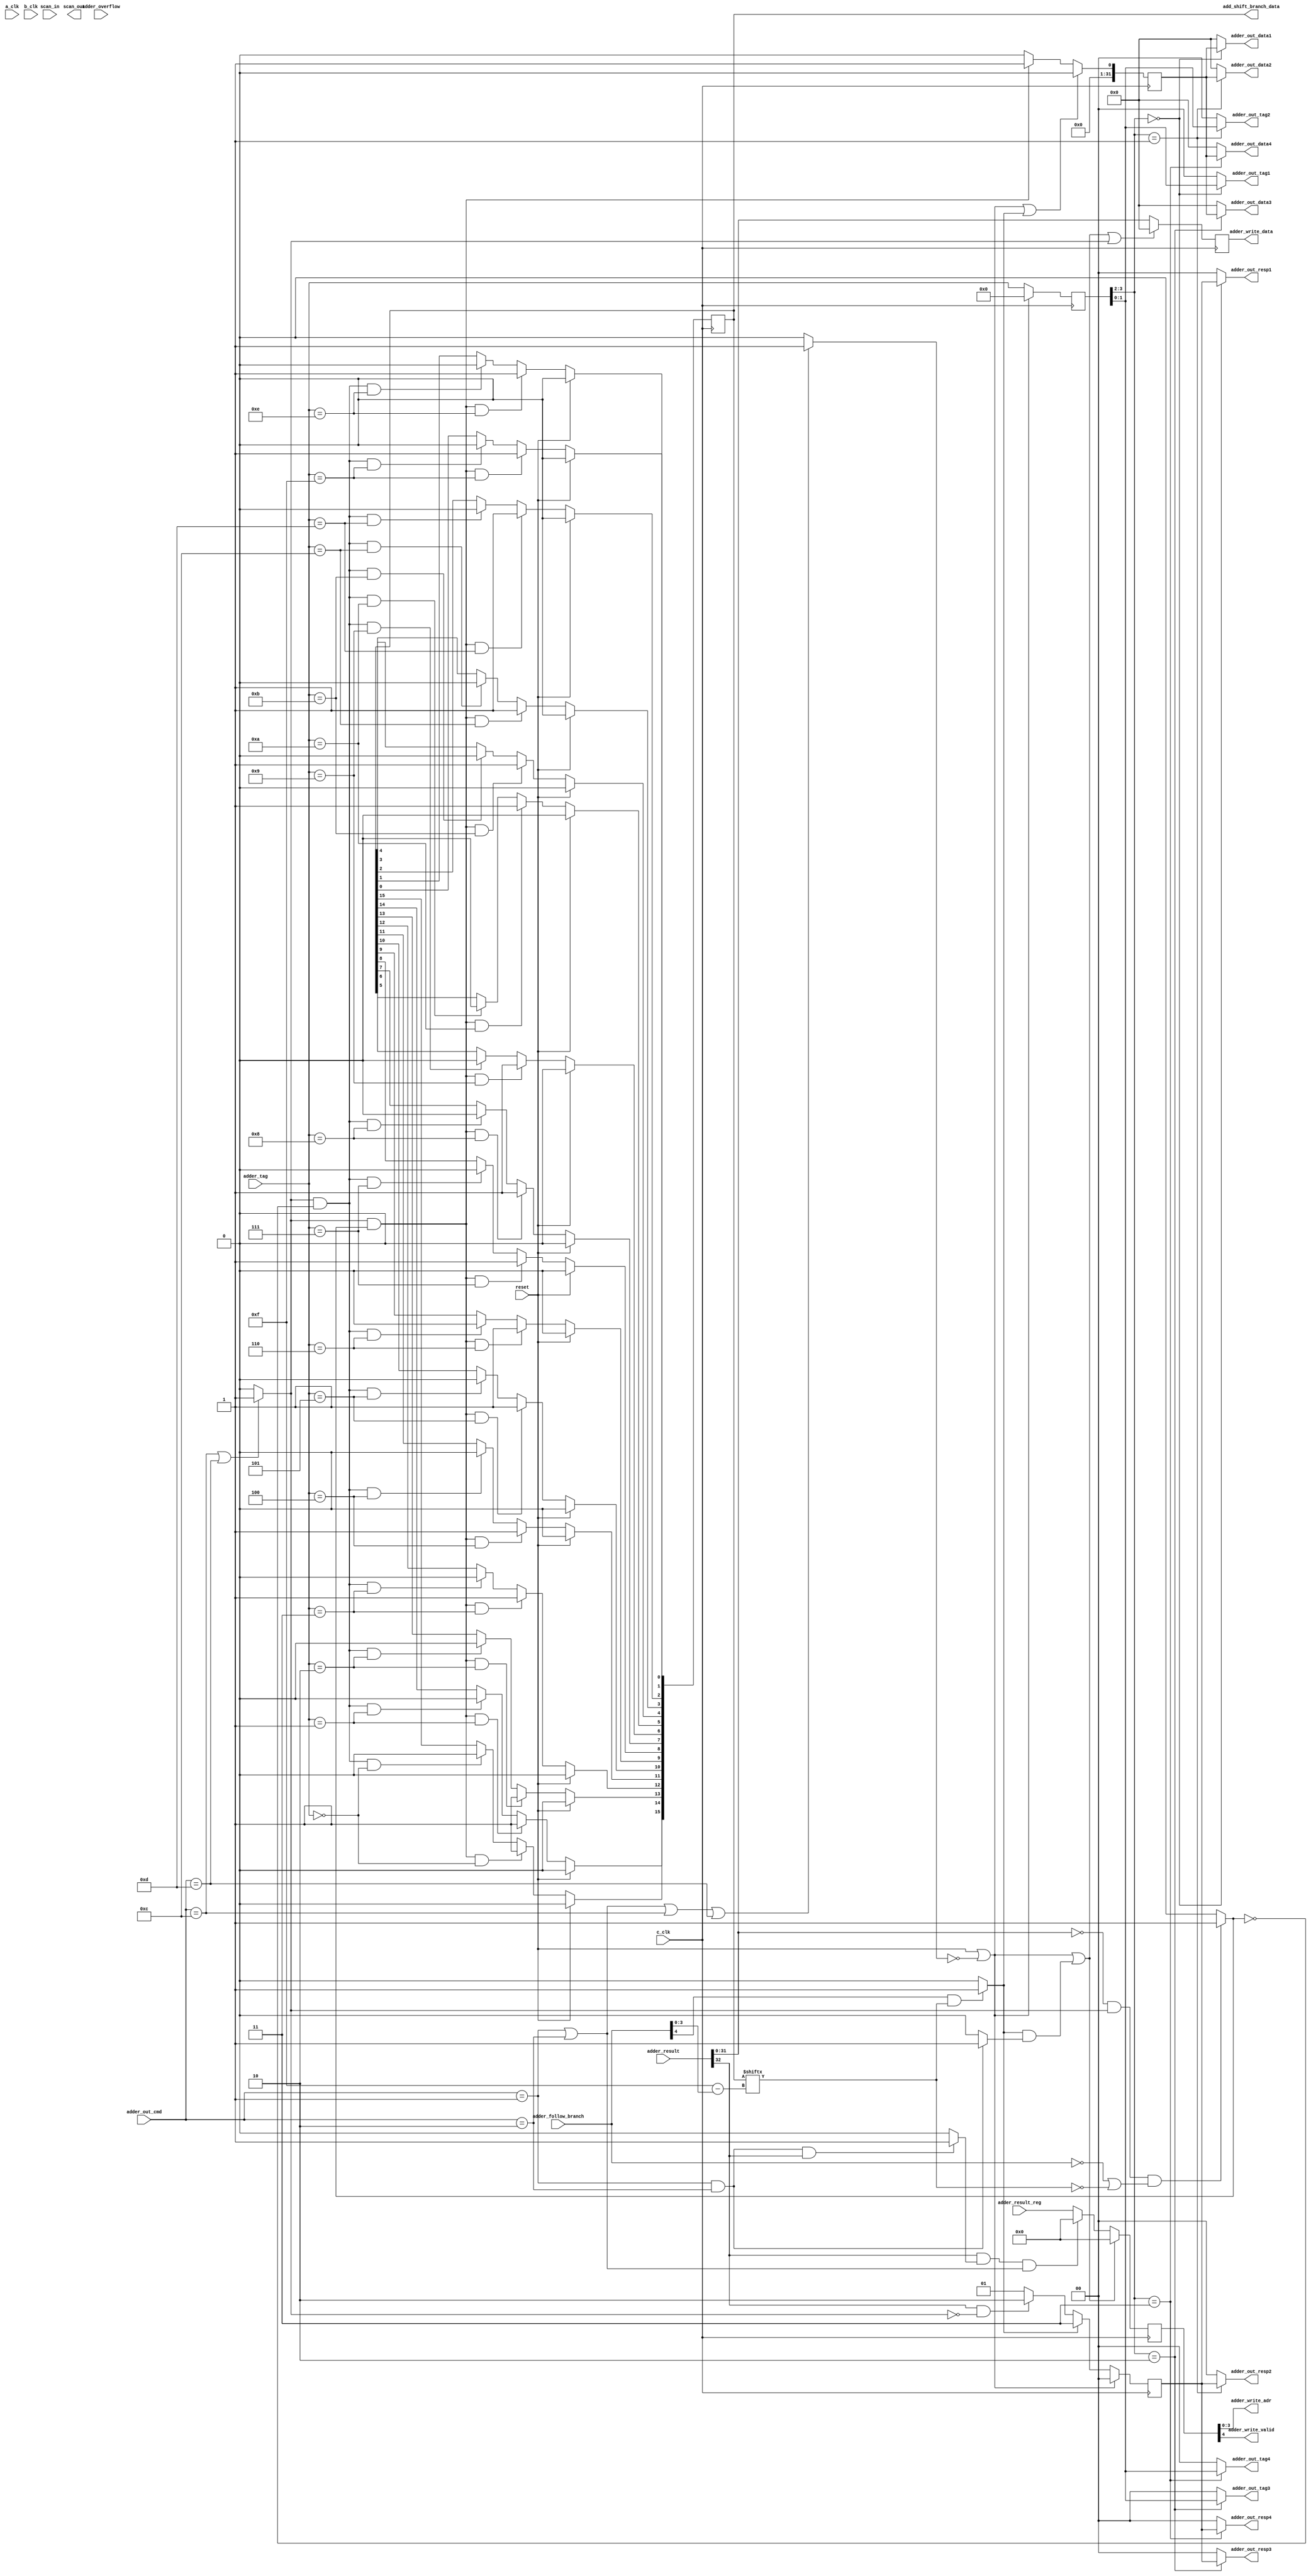
// Library:  calc3
// Module:  Adder Output Stage

module adder_output_stage(add_shift_branch_data, adder_out_data1, adder_out_data2, adder_out_data3, adder_out_data4, adder_out_resp1, adder_out_resp2, adder_out_resp3, adder_out_resp4, adder_out_tag1, adder_out_tag2, adder_out_tag3, adder_out_tag4, adder_write_adr, adder_write_data, adder_write_valid, scan_out, a_clk, adder_follow_branch, adder_out_cmd, adder_overflow, adder_result, adder_result_reg, adder_tag, b_clk, c_clk, reset, scan_in);

   output [0:15] add_shift_branch_data;

   output [0:31] adder_out_data1, adder_out_data2, adder_out_data3, adder_out_data4, adder_write_data;

   output [0:1]  adder_out_resp1, adder_out_resp2, adder_out_resp3, adder_out_resp4, adder_out_tag1, adder_out_tag2,  adder_out_tag3, adder_out_tag4;

   output [0:3]  adder_write_adr;

   output 	 adder_write_valid, scan_out;

   input 	 a_clk, adder_overflow, b_clk, c_clk, reset, scan_in;

   input [0:4] 	 adder_follow_branch, adder_result_reg;

   input [0:3] 	 adder_out_cmd, adder_tag;

   input [0:63]  adder_result;

   wire 	 valid_cmd, is_branch, not_branch, branch_true, skip_cmd, no_overflow;
   reg [0:1] 	 hold_resp;
   reg [0:3] 	 hold_tag;
   reg [0:4] 	 hold_result_reg;
   reg [0:31] 	 hold_reg_data, hold_out_data;
   reg [0:15] 	 branch_table;

   assign 	 valid_cmd = ( (adder_out_cmd[0:3] == 4'b0001) || (adder_out_cmd[0:3] == 4'b0010) || (adder_out_cmd[0:3] == 4'b1100) || (adder_out_cmd[0:3] == 4'b1101)) ? 1'b1 : 1'b0;

   assign 	 no_overflow = ( (adder_out_cmd[0:3] == 4'b0001) && (adder_out_cmd[0:3] == 4'b0010) && (adder_result[31] == 1'b1)) ? 1'b1 : 1'b0;

   assign 	 is_branch = ( (adder_out_cmd[0:3] == 4'b1100) || (adder_out_cmd[0:3] == 4'b1101)) ? 1'b1: 1'b0;

   assign 	 not_branch = ( (adder_out_cmd[0:3] == 4'b0001) && (adder_out_cmd[0:3] == 4'b0010)) ? 1'b1 : 1'b0;

   assign 	 branch_true = ( (adder_result[32:63] == 32'b0) && (is_branch) && (~adder_follow_branch || (branch_table[adder_follow_branch[1:4]] == 0))) ? 1'b1 : 1'b0;

   assign 	 skip_cmd = ( adder_follow_branch[0] && (branch_table[adder_follow_branch[1:4]] )) ? 1'b1  : 1'b0;
   									   
   always
     @ (negedge c_clk) begin

	branch_table[0] <= (reset) ? 1'b0 :
			   (is_branch && branch_true && (adder_tag[0:3] == 4'b0)) ? 1'b1:
			   (is_branch && ~branch_true && (adder_tag[0:3] == 4'b0)) ? 1'b0 :
			   branch_table[0];

	branch_table[1] <= (reset) ? 1'b0 :
			   (is_branch && branch_true && (adder_tag[0:3] == 4'b0001)) ? 1'b1:
			   (is_branch && ~branch_true && (adder_tag[0:3] == 4'b0001)) ? 1'b0 :
			   branch_table[1];

	branch_table[2] <= (reset) ? 1'b0 :
			   (is_branch && branch_true && (adder_tag[0:3] == 4'b0010)) ? 1'b1:
			   (is_branch && ~branch_true && (adder_tag[0:3] == 4'b0010)) ? 1'b0 :
			   branch_table[2];
	
	branch_table[3] <= (reset) ? 1'b0 :
			   (is_branch && branch_true && (adder_tag[0:3] == 4'b0011)) ? 1'b1:
			   (is_branch && ~branch_true && (adder_tag[0:3] == 4'b0011)) ? 1'b0 :
			   branch_table[3];

	branch_table[4] <= (reset) ? 1'b0 :
			   (is_branch && branch_true && (adder_tag[0:3] == 4'b0100)) ? 1'b1:
			   (is_branch && ~branch_true && (adder_tag[0:3] == 4'b0100)) ? 1'b0 :
			   branch_table[4];

	branch_table[5] <= (reset) ? 1'b0 :
			   (is_branch && branch_true && (adder_tag[0:3] == 4'b0101)) ? 1'b1:
			   (is_branch && ~branch_true && (adder_tag[0:3] == 4'b0101)) ? 1'b0 :
			   branch_table[5];

	branch_table[6] <= (reset) ? 1'b0 :
			   (is_branch && branch_true && (adder_tag[0:3] == 4'b0110)) ? 1'b1:
			   (is_branch && ~branch_true && (adder_tag[0:3] == 4'b0110)) ? 1'b0 :
			   branch_table[6];

	branch_table[7] <= (reset) ? 1'b0 :
			   (is_branch && branch_true && (adder_tag[0:3] == 4'b0111)) ? 1'b1:
			   (is_branch && ~branch_true && (adder_tag[0:3] == 4'b0111)) ? 1'b0 :
			   branch_table[7];

	branch_table[8] <= (reset) ? 1'b0 :
			   (is_branch && branch_true && (adder_tag[0:3] == 4'b1000)) ? 1'b1:
			   (is_branch && ~branch_true && (adder_tag[0:3] == 4'b1000)) ? 1'b0 :
			   branch_table[8];

	branch_table[9] <= (reset) ? 1'b0 :
			   (is_branch && branch_true && (adder_tag[0:3] == 4'b1001)) ? 1'b1:
			   (is_branch && ~branch_true && (adder_tag[0:3] == 4'b1001)) ? 1'b0 :
			   branch_table[9];

	branch_table[10] <= (reset) ? 1'b0 :
			   (is_branch && branch_true && (adder_tag[0:3] == 4'b1010)) ? 1'b1:
			   (is_branch && ~branch_true && (adder_tag[0:3] == 4'b1010)) ? 1'b0 :
			   branch_table[10];

	branch_table[11] <= (reset) ? 1'b0 :
			   (is_branch && branch_true && (adder_tag[0:3] == 4'b1011)) ? 1'b1:
			   (is_branch && ~branch_true && (adder_tag[0:3] == 4'b1011)) ? 1'b0 :
			   branch_table[11];

	branch_table[12] <= (reset) ? 1'b0 :
			   (is_branch && branch_true && (adder_tag[0:3] == 4'b1100)) ? 1'b1:
			   (is_branch && ~branch_true && (adder_tag[0:3] == 4'b1100)) ? 1'b0 :
			   branch_table[12];

	branch_table[13] <= (reset) ? 1'b0 :
			   (is_branch && branch_true && (adder_tag[0:3] == 4'b1101)) ? 1'b1:
			   (is_branch && ~branch_true && (adder_tag[0:3] == 4'b1101)) ? 1'b0 :
			   branch_table[13];

	branch_table[14] <= (reset) ? 1'b0 :
			   (is_branch && branch_true && (adder_tag[0:3] == 4'b1110)) ? 1'b1:
			   (is_branch && ~branch_true && (adder_tag[0:3] == 4'b1110)) ? 1'b0 :
			   branch_table[14];

	branch_table[15] <= (reset) ? 1'b0 :
			   (is_branch && branch_true && (adder_tag[0:3] == 4'b1111)) ? 1'b1:
			   (is_branch && ~branch_true && (adder_tag[0:3] == 4'b1111)) ? 1'b0 :
			   branch_table[15];

	hold_result_reg[0:4] <= (reset || ~valid_cmd || (skip_cmd && not_branch) ) ? 5'b0 :
				(adder_result[31] && no_overflow && ((adder_out_cmd[0:3] == 4'b0001) || (adder_out_cmd[0:3] == 4'b0010))) ? 5'b0 :
				adder_result_reg;

	hold_tag[0:3] <= (reset || ~valid_cmd) ? 4'b0 : adder_tag[0:3];
	hold_resp[0:1] <= (reset || ~valid_cmd) ? 2'b0 :
			  (skip_cmd) ? 2'b11 :
			  (adder_result[31] && ~is_branch) ? 2'b10 :
			  2'b01;

	hold_reg_data[0:31] <= (reset || ~valid_cmd || (skip_cmd && not_branch) || is_branch) ? 32'b0 :
			      adder_result[32:63];
	hold_out_data[0:31] <= (reset || ~valid_cmd || skip_cmd) ? 32'b0 :
			       (is_branch && branch_true) ? 32'b1 :
			       32'b0;
		
     end // always @ (negedge c_clk)

   assign add_shift_branch_data[0:15] = branch_table[0:15];
   assign adder_write_adr[0:3] = hold_result_reg[1:4];
   assign adder_write_data[0:31] = hold_reg_data[0:31];
   assign adder_write_valid = hold_result_reg[0];

   assign adder_out_resp1[0:1] = (hold_tag[0:1] == 2'b00) ? hold_resp[0:1] : 2'b00;
   assign adder_out_resp2[0:1] = (hold_tag[0:1] == 2'b01) ? hold_resp[0:1] : 2'b00;
   assign adder_out_resp3[0:1] = (hold_tag[0:1] == 2'b10) ? hold_resp[0:1] : 2'b00;
   assign adder_out_resp4[0:1] = (hold_tag[0:1] == 2'b11) ? hold_resp[0:1] : 2'b00;

   assign adder_out_data1[0:31] = (hold_tag[0:1] == 2'b00) ? hold_out_data[0:31] : 32'b0;
   assign adder_out_data2[0:31] = (hold_tag[0:1] == 2'b01) ? hold_out_data[0:31] : 32'b0;
   assign adder_out_data3[0:31] = (hold_tag[0:1] == 2'b10) ? hold_out_data[0:31] : 32'b0;
   assign adder_out_data4[0:31] = (hold_tag[0:1] == 2'b11) ? hold_out_data[0:31] : 32'b0;

   assign adder_out_tag1[0:1] = (hold_tag[0:1] == 2'b00) ? hold_tag[2:3] : 2'b00;
   assign adder_out_tag2[0:1] = (hold_tag[0:1] == 2'b01) ? hold_tag[2:3] : 2'b00;
   assign adder_out_tag3[0:1] = (hold_tag[0:1] == 2'b10) ? hold_tag[2:3] : 2'b00;
   assign adder_out_tag4[0:1] = (hold_tag[0:1] == 2'b11) ? hold_tag[2:3] : 2'b00;

endmodule // adder_output_stage